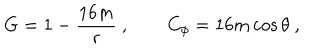
G = 1 - { \frac { 1 6 m } { r } } \ , \qquad C _ { \phi } = 1 6 m \cos \theta \ ,